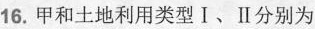
16.甲和土地利用类型Ⅰ、Ⅱ分别为